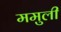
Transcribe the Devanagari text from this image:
ममुली